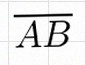
\overline{AB}